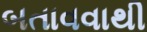
બતાવવાથી